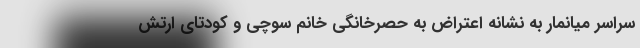
سراسر میانمار به نشانه اعتراض به حصرخانگی خانم سوچی و کودتای ارتش